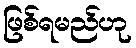
ဖြစ်ရမည်ဟု